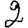
Digit: 2